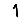
Digit: 1